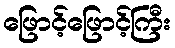
ဖြောင့်ဖြောင့်ကြီး